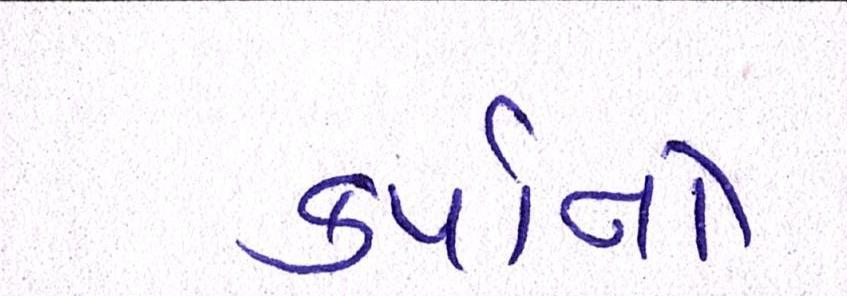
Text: કર્યાનો